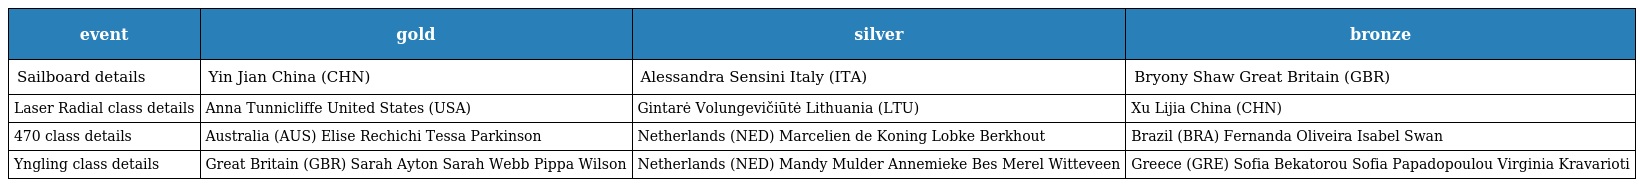
| event | gold | silver | bronze |
 | --- | --- | --- | --- |
 | Sailboard details | Yin Jian China (CHN) | Alessandra Sensini Italy (ITA) | Bryony Shaw Great Britain (GBR) |
 | Laser Radial class details | Anna Tunnicliffe United States (USA) | Gintarė Volungevičiūtė Lithuania (LTU) | Xu Lijia China (CHN) |
 | 470 class details | Australia (AUS) Elise Rechichi Tessa Parkinson | Netherlands (NED) Marcelien de Koning Lobke Berkhout | Brazil (BRA) Fernanda Oliveira Isabel Swan |
 | Yngling class details | Great Britain (GBR) Sarah Ayton Sarah Webb Pippa Wilson | Netherlands (NED) Mandy Mulder Annemieke Bes Merel Witteveen | Greece (GRE) Sofia Bekatorou Sofia Papadopoulou Virginia Kravarioti |